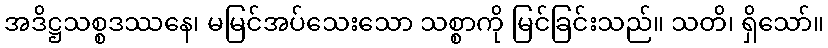
အဒိဋ္ဌသစ္စဒဿနေ၊ မမြင်အပ်သေးသော သစ္စာကို မြင်ခြင်းသည်။ သတိ၊ ရှိသော်။